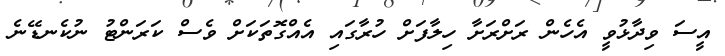
އީސަ ވިދާޅުވީ އެހެން ރަށްރަށާ ހިލާފަށް ހުރާގައި އެއްގޮތަކަށް ވެސް ކަރަންޓު ނުކެނޑޭނެ